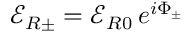
\mathcal { E } _ { R \pm } = \mathcal { E } _ { R 0 } \, e ^ { i \Phi _ { \pm } }